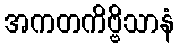
အကတကိဗ္ဗိသာနံ